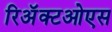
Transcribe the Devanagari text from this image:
रिअॅक्टओएस